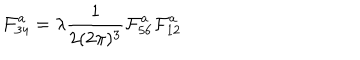
\mathcal { F } _ { 3 4 } ^ { a } = \lambda \frac { 1 } { 2 ( 2 \pi ) ^ { 3 } } \mathcal { F } _ { 5 6 } ^ { a } \mathcal { F } _ { 1 2 } ^ { a }